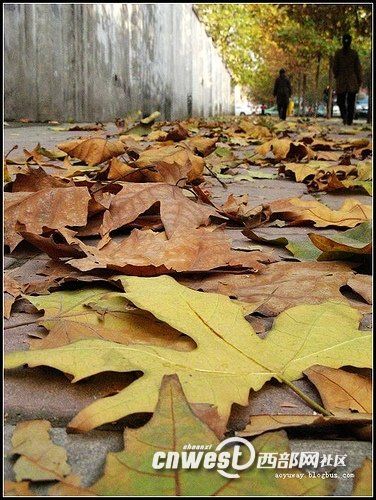
秋风生渭水，落叶满长安。